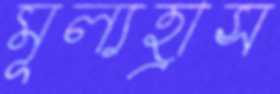
মূল্যহ্রাস